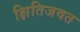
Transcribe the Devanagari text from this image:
क्षितिजवत